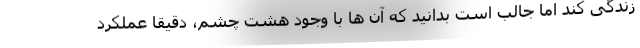
زندگی کند اما جالب است بدانید که آن ها با وجود هشت چشم، دقیقاً عملکرد